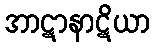
အာဋာနာဋိယာ